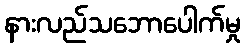
နားလည်သဘောပေါက်မှု